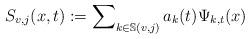
LaTeX: \begin{align*}S_{v,j}(x,t):=\sum\nolimits_{k\in\mathbb{S}(v,j)}a_{k}(t)\Psi_{k,t}(x)\end{align*}